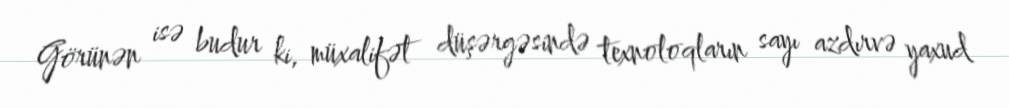
Görünən isə budur ki, müxalifət düşərgəsində texnoloqların sayı azdırvə yaxud